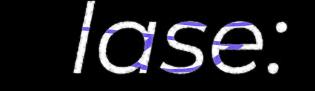
lase: